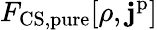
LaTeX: F_{\mathrm{CS,pure}}[\rho,\mathbf{j}^{\mathrm{p}}]